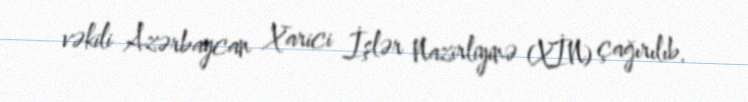
vəkili Azərbaycan Xarici İşlər Nazirliyinə (XİN) çağırılıb.